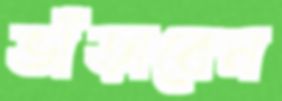
ভাঁড়াবেন